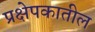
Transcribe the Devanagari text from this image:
प्रक्षेपकातील